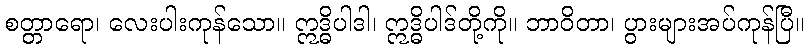
စတ္တာရော၊ လေးပါးကုန်သော။ ဣဒ္ဓိပါဒါ၊ ဣဒ္ဓိပါဒ်တို့ကို။ ဘာဝိတာ၊ ပွားများအပ်ကုန်ပြီ။